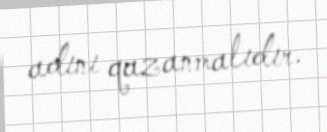
adını qazanmalıdır.